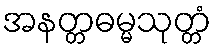
အနတ္တဓမ္မသုတ္တံ